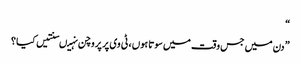
“
” دن میں جس وقت میں سوتا ہوں ، ٹی وی پر پروچن نہیںسنتیں کیا ؟